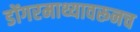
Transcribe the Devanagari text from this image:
डोंगरमाथ्यावरूनच